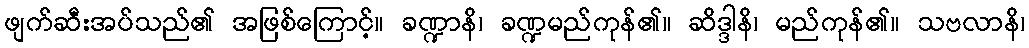
ဖျက်ဆီးအပ်သည်၏ အဖြစ်ကြောင့်။ ခဏ္ဍာနိ၊ ခဏ္ဍမည်ကုန်၏။ ဆိဒ္ဒါနိ၊ မည်ကုန်၏။ သဗလာနိ၊